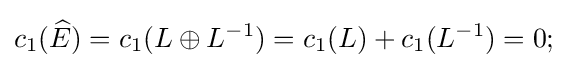
c_{1}({\widehat {E}})=c_{1}(L\oplus L^{-1})=c_{1}(L)+c_{1}(L^{-1})=0;